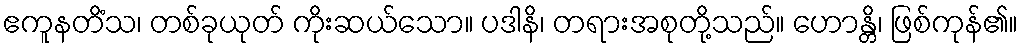
ဧကူနတိံသ၊ တစ်ခုယုတ် ကိုးဆယ်သော။ ပဒါနိ၊ တရားအစုတို့သည်။ ဟောန္တိ၊ ဖြစ်ကုန်၏။